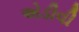
એડીવી